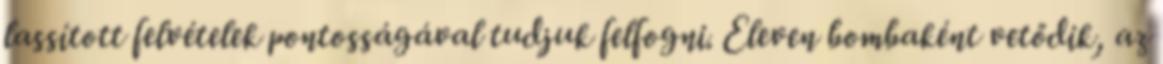
lassított felvételek pontosságával tudjuk felfogni. Eleven bombaként vetődik, az